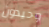
وحيدون